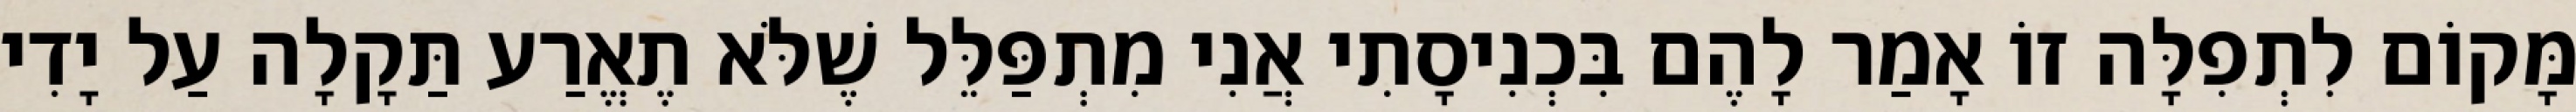
מָּקוֹם לִתְפִלָּה זוֹ אָמַר לָהֶם בִּכְנִיסָתִי אֲנִי מִתְפַּלֵּל שֶׁלֹּא תֶאֱרַע תַּקָלָה עַל יָדִי